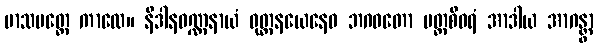
မာသမတ္တေ ကာလေ။ နိဒါနဝဏ္ဏနာယံ ဝုတ္တနယေနေဝ ဘဂဝတော ပတ္တစီဝရံ အာဒါယ အာဂန္တွာ